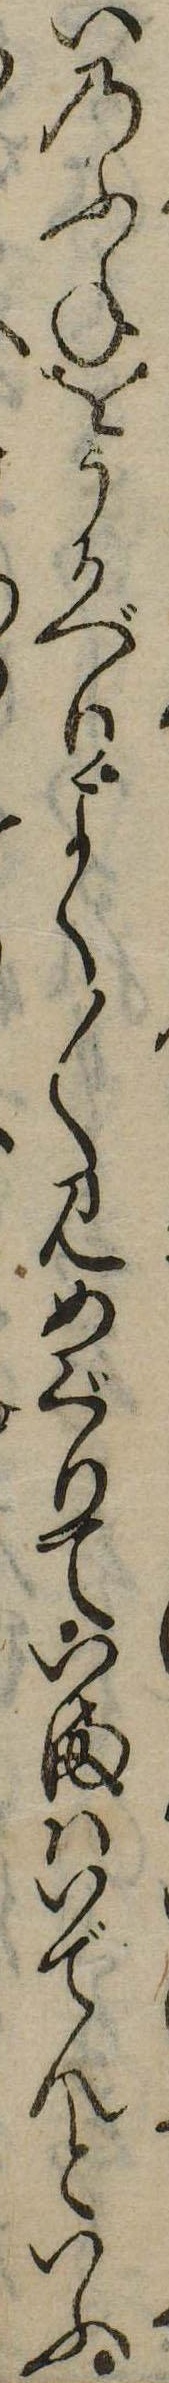
いのふねをうかべりよく〱見めぐりていまはいでんといふ